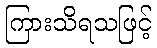
ကြားသိရသဖြင့်